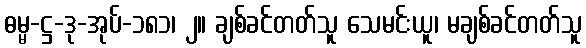
ဓမ္မ-ဋ္ဌ-ဒု-အုပ်-၁၈၁၊ ၂။ ချစ်ခင်တတ်သူ သေမင်းယူ၊ မချစ်ခင်တတ်သူ